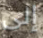
إلى